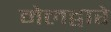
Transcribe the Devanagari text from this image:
मेलद्वारे